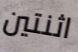
اثنتين